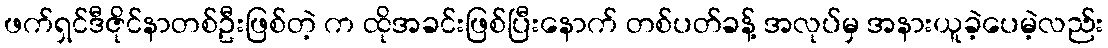
ဖက်ရှင်ဒီဇိုင်နာတစ်ဦးဖြစ်တဲ့ က ထိုအခင်းဖြစ်ပြီးနောက် တစ်ပတ်ခန့် အလုပ်မှ အနားယူခဲ့ပေမဲ့လည်း